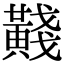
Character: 𪏊